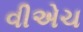
વીએચ